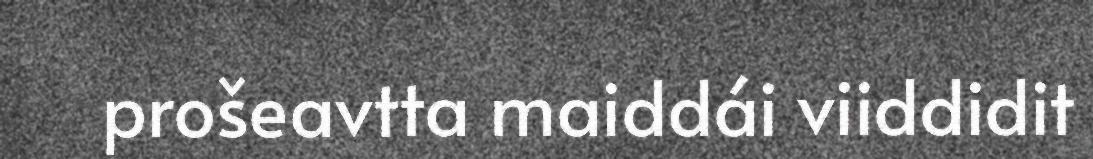
prošeavtta maiddái viiddidit